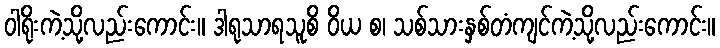
ဝါရိုးကဲ့သို့လည်းကောင်း။ ဒါရုသာရသူစိ ဝိယ စ၊ သစ်သားနှစ်တံကျင်ကဲ့သို့လည်းကောင်း။